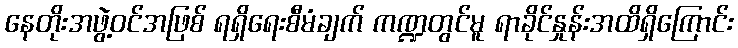
နေတိုးအဖွဲ့ဝင်အဖြစ် ရရှိရေးစီမံချက် ကဏ္ဍတွင်မူ ရာခိုင်နှုန်းအထိရှိကြောင်း